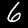
Label: 6